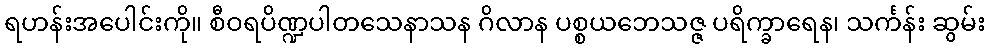
ရဟန်းအပေါင်းကို။ စီဝရပိဏ္ဍပါတသေနာသန ဂိလာန ပစ္စယဘေသဇ္ဇ ပရိက္ခာရေန၊ သင်္ကန်း ဆွမ်း